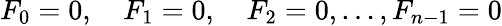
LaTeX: F_{0}=0,\quad F_{1}=0,\quad F_{2}=0,\dots,F_{n-1}=0